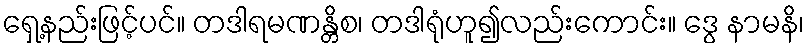
ရှေ့နည်းဖြင့်ပင်။ တဒါရမဏန္တိစ၊ တဒါရုံဟူ၍လည်းကောင်း။ ဒွေ နာမနိ၊